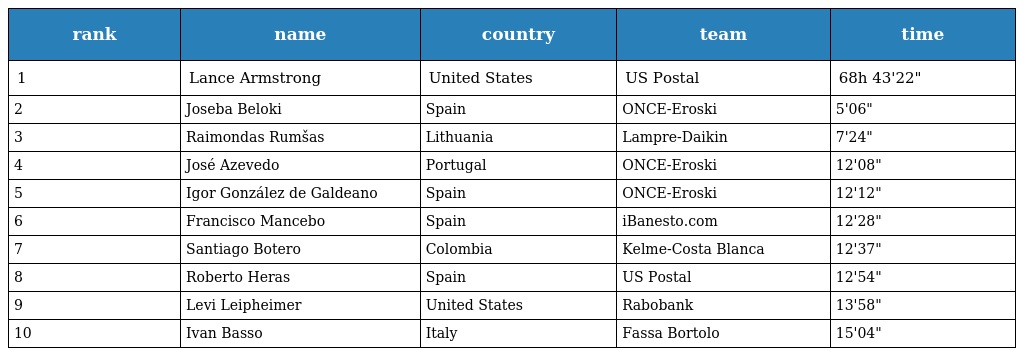
| rank | name | country | team | time |
 | --- | --- | --- | --- | --- |
 | 1 | Lance Armstrong | United States | US Postal | 68h 43'22" |
 | 2 | Joseba Beloki | Spain | ONCE-Eroski | 5'06" |
 | 3 | Raimondas Rumšas | Lithuania | Lampre-Daikin | 7'24" |
 | 4 | José Azevedo | Portugal | ONCE-Eroski | 12'08" |
 | 5 | Igor González de Galdeano | Spain | ONCE-Eroski | 12'12" |
 | 6 | Francisco Mancebo | Spain | iBanesto.com | 12'28" |
 | 7 | Santiago Botero | Colombia | Kelme-Costa Blanca | 12'37" |
 | 8 | Roberto Heras | Spain | US Postal | 12'54" |
 | 9 | Levi Leipheimer | United States | Rabobank | 13'58" |
 | 10 | Ivan Basso | Italy | Fassa Bortolo | 15'04" |